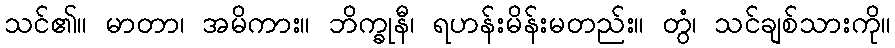
သင်၏။ မာတာ၊ အမိကား။ ဘိက္ခုနီ၊ ရဟန်းမိန်းမတည်း။ တွံ၊ သင်ချစ်သားကို။